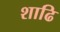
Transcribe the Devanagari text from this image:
शाढि